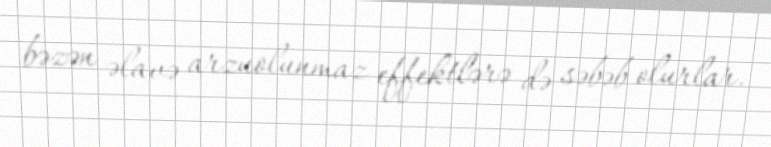
bəzən əlavə arzuolunmaz effektlərə də səbəb olurlar.